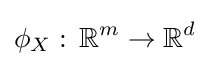
\phi _{X}:\,\mathbb {R} ^{m}\rightarrow \mathbb {R} ^{d}